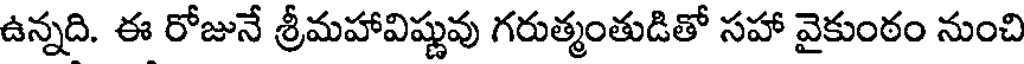
ఉన్నది. ఈ రోజునే శ్రీమహావిష్ణువు గరుత్మంతుడితో సహా వైకుంఠం నుంచి